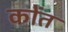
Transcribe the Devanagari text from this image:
कोंत